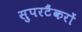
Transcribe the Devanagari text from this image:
सुपरटैंकरों